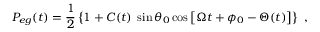
P _ { e g } ( t ) = \frac { 1 } { 2 } \left\{ { 1 + C ( t ) \; \sin \theta _ { 0 } \cos \left[ \Omega t + \phi _ { 0 } - \Theta ( t ) \right] } \right\} \ ,